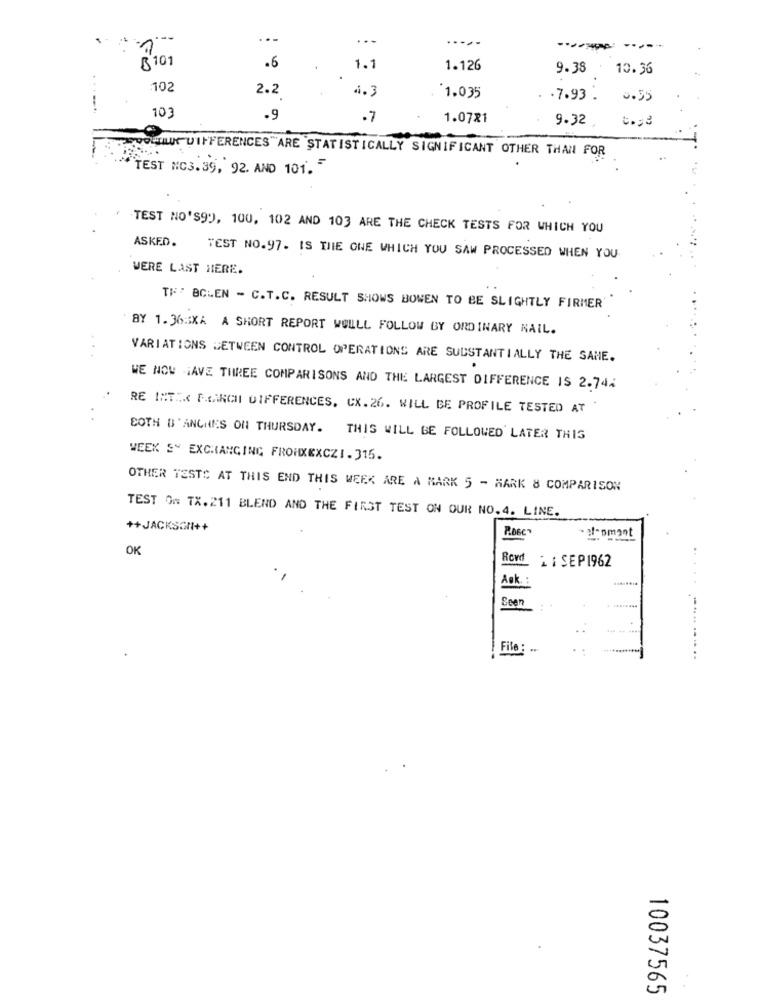
--. C.
---
.....
...
B 101
.6
1.1
1.126
9.38 10.36
102
2.2
4. 3
`1.035
.7.93 .
0.55
103
.9
.7
1.0721
9.32
=.= 3
TROLL DIFFERENCES"ARE STATISTICALLY SIGNIFICANT OTHER THAN FOR
""TEST MC3.39, 92. AND 101.
TEST NO'S90, 100, 102 AND 103 ARE THE CHECK TESTS FOR WHICH YOU
ASKED.
TEST NO.97. IS THE ONE WHICH YOU SAW PROCESSED WHEN YOU
WERE LAST HERE.
TH' BCLEN - C.T.C. RESULT SHOWS BOWEN TO BE SLIGHTLY FIRMER'
BY 1.36MIXA A SHORT REPORT WOWLL FOLLOW BY ORDINARY NAIL.
VARIATIONS BETWEEN CONTROL OPERATIONS ARE SUBSTANTIALLY THE SAME.
.
WE NOW HAVE THREE COMPARISONS AND THE LARGEST DIFFERENCE IS 2.744
RE INTER FARCI DIFFERENCES, CX.26. WILL BE PROFILE TESTED AT
BOTH B'ANCHES ON THURSDAY. THIS WILL BE FOLLOWED LATER THIS
WEEK S" EXCHANGING FROHXEXCZI.315.
OTHER TESTS AT THIS END THIS WEEK ARE A MARK 5 - MARK & COMPARISON
TEST ON TX. 211 BLEND AND THE FIRST TEST ON OUR NO. 4. LINE.
++JACKSON++
. af: omant
OK
Row
1 : SEP1962
Aøk.
Been
..
File :
10037565